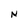
Character: N